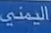
اليميني